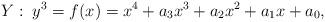
LaTeX: \begin{align*} Y:\; y^3 = f(x) = x^4+a_3x^3+a_2x^2+a_1x+a_0,\end{align*}